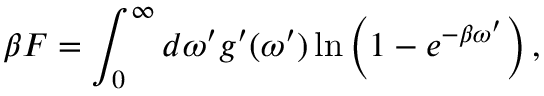
\beta F = \int _ { 0 } ^ { \infty } d \omega ^ { \prime } g ^ { \prime } ( \omega ^ { \prime } ) \ln \left( 1 - e ^ { - \beta \omega ^ { \prime } } \right) ,